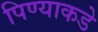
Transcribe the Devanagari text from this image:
पिण्याकडे